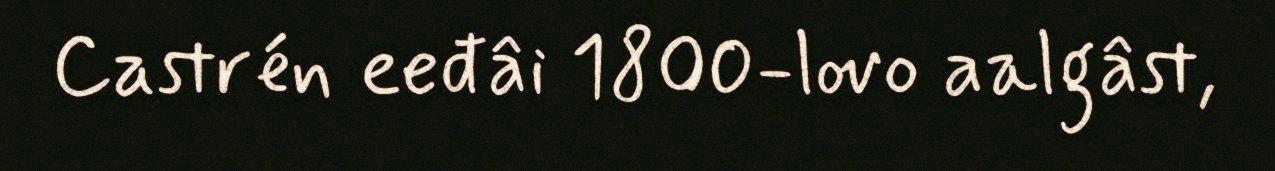
Castrén eeđâi 1800-lovo aalgâst,